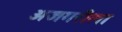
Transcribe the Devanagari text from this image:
अजगरीला